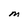
Character: M